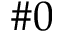
\# 0